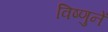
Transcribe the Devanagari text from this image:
विष्णुनें